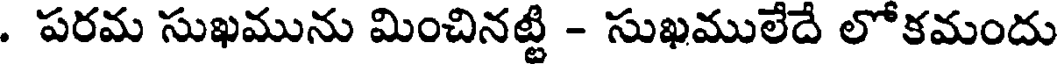
. పరమ సుఖమును మించినట్టి - సుఖములేదే లోకమందు